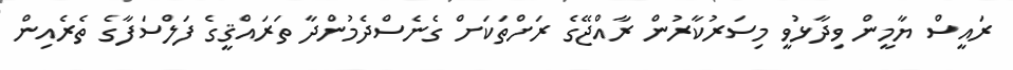
ރައީސް ޔާމީން ވިދާޅުވީ މިސަރުކާރުން ރާއްޖޭގެ ރަށްތަކަށް ގެނެސްދެމުންދާ ތަރައްޤީގެ ފަލްސަފާގެ ތެރެއިން